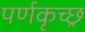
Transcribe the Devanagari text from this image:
पर्णकृच्छ्र